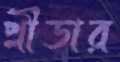
প্লীডার